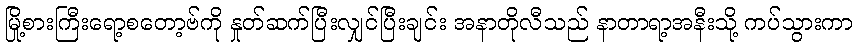
မြို့စားကြီးရော့စတော့ဗ်ကို နှုတ်ဆက်ပြီးလျှင်ပြီးချင်း အနာတိုလီသည် နာတာရာ့အနီးသို့ ကပ်သွားကာ